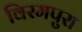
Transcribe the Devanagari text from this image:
विरमपुरा